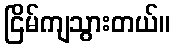
ငြိမ်ကျသွားတယ်။